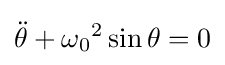
{\ddot {\theta }}+{\omega _{0}}^{2}\sin \theta =0